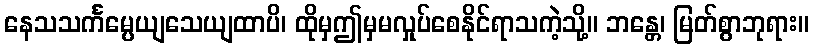
နေသသင်္ကမ္ပေယျသေယျထာပိ၊ ထိုမှဤမှမလှုပ်စေနိုင်ရာသကဲ့သို့။ ဘန္တေ၊ မြတ်စွာဘုရား။